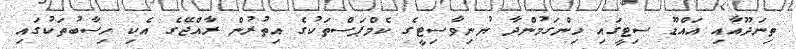
ތިނަދޫއާއި އައްޑޫ ސިޓީގައި ހިންގަމުންދާ ޔުނިވާސިޓީގެ ކެމްޕަސްތަކުގެ އިތުރުން ރާއްޖޭގެ އެކި ހިސާބުތަކުގައި